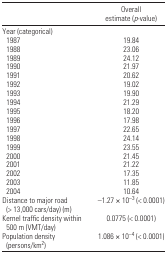
<table><thead><tr><td></td><td><b>Overall estimate (<i>p</i>-value)</b></td></tr></thead><tbody><tr><td colspan="2">Year (categorical)</td></tr><tr><td> 1987</td><td>19.84</td></tr><tr><td> 1988</td><td>23.06</td></tr><tr><td> 1989</td><td>24.12</td></tr><tr><td> 1990</td><td>21.97</td></tr><tr><td> 1991</td><td>20.62</td></tr><tr><td> 1992</td><td>19.02</td></tr><tr><td> 1993</td><td>19.90</td></tr><tr><td> 1994</td><td>21.29</td></tr><tr><td> 1995</td><td>18.20</td></tr><tr><td> 1996</td><td>17.98</td></tr><tr><td> 1997</td><td>22.65</td></tr><tr><td> 1998</td><td>24.14</td></tr><tr><td> 1999</td><td>23.55</td></tr><tr><td> 2000</td><td>21.45</td></tr><tr><td> 2001</td><td>21.22</td></tr><tr><td> 2002</td><td>17.35</td></tr><tr><td> 2003</td><td>11.85</td></tr><tr><td> 2004</td><td>10.64</td></tr><tr><td>Distance to major road (&gt; 13,000 cars/day) (m)</td><td>−1.27 × 10<sup>−3</sup> (&lt; 0.0001)</td></tr><tr><td>Kernel traffic density within 500 m (VMT/day)</td><td>0.0775 (&lt; 0.0001)</td></tr><tr><td>Population density (persons/km<sup>2</sup>)</td><td>1.086 × 10<sup>−4</sup> (&lt; 0.0001)</td></tr></tbody></table>